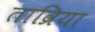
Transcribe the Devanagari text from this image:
ताव्रिया